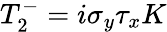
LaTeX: T_{2}^{-}=i\sigma_{y}\tau_{x}K